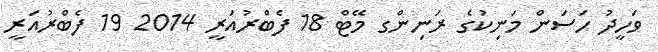
ވަހީދު ހަސަން މަނިކުގެ ރަނިންގ މޭޓް 18 ފެބްރުއަރީ 2014 19 ފެބްރުއަރީ